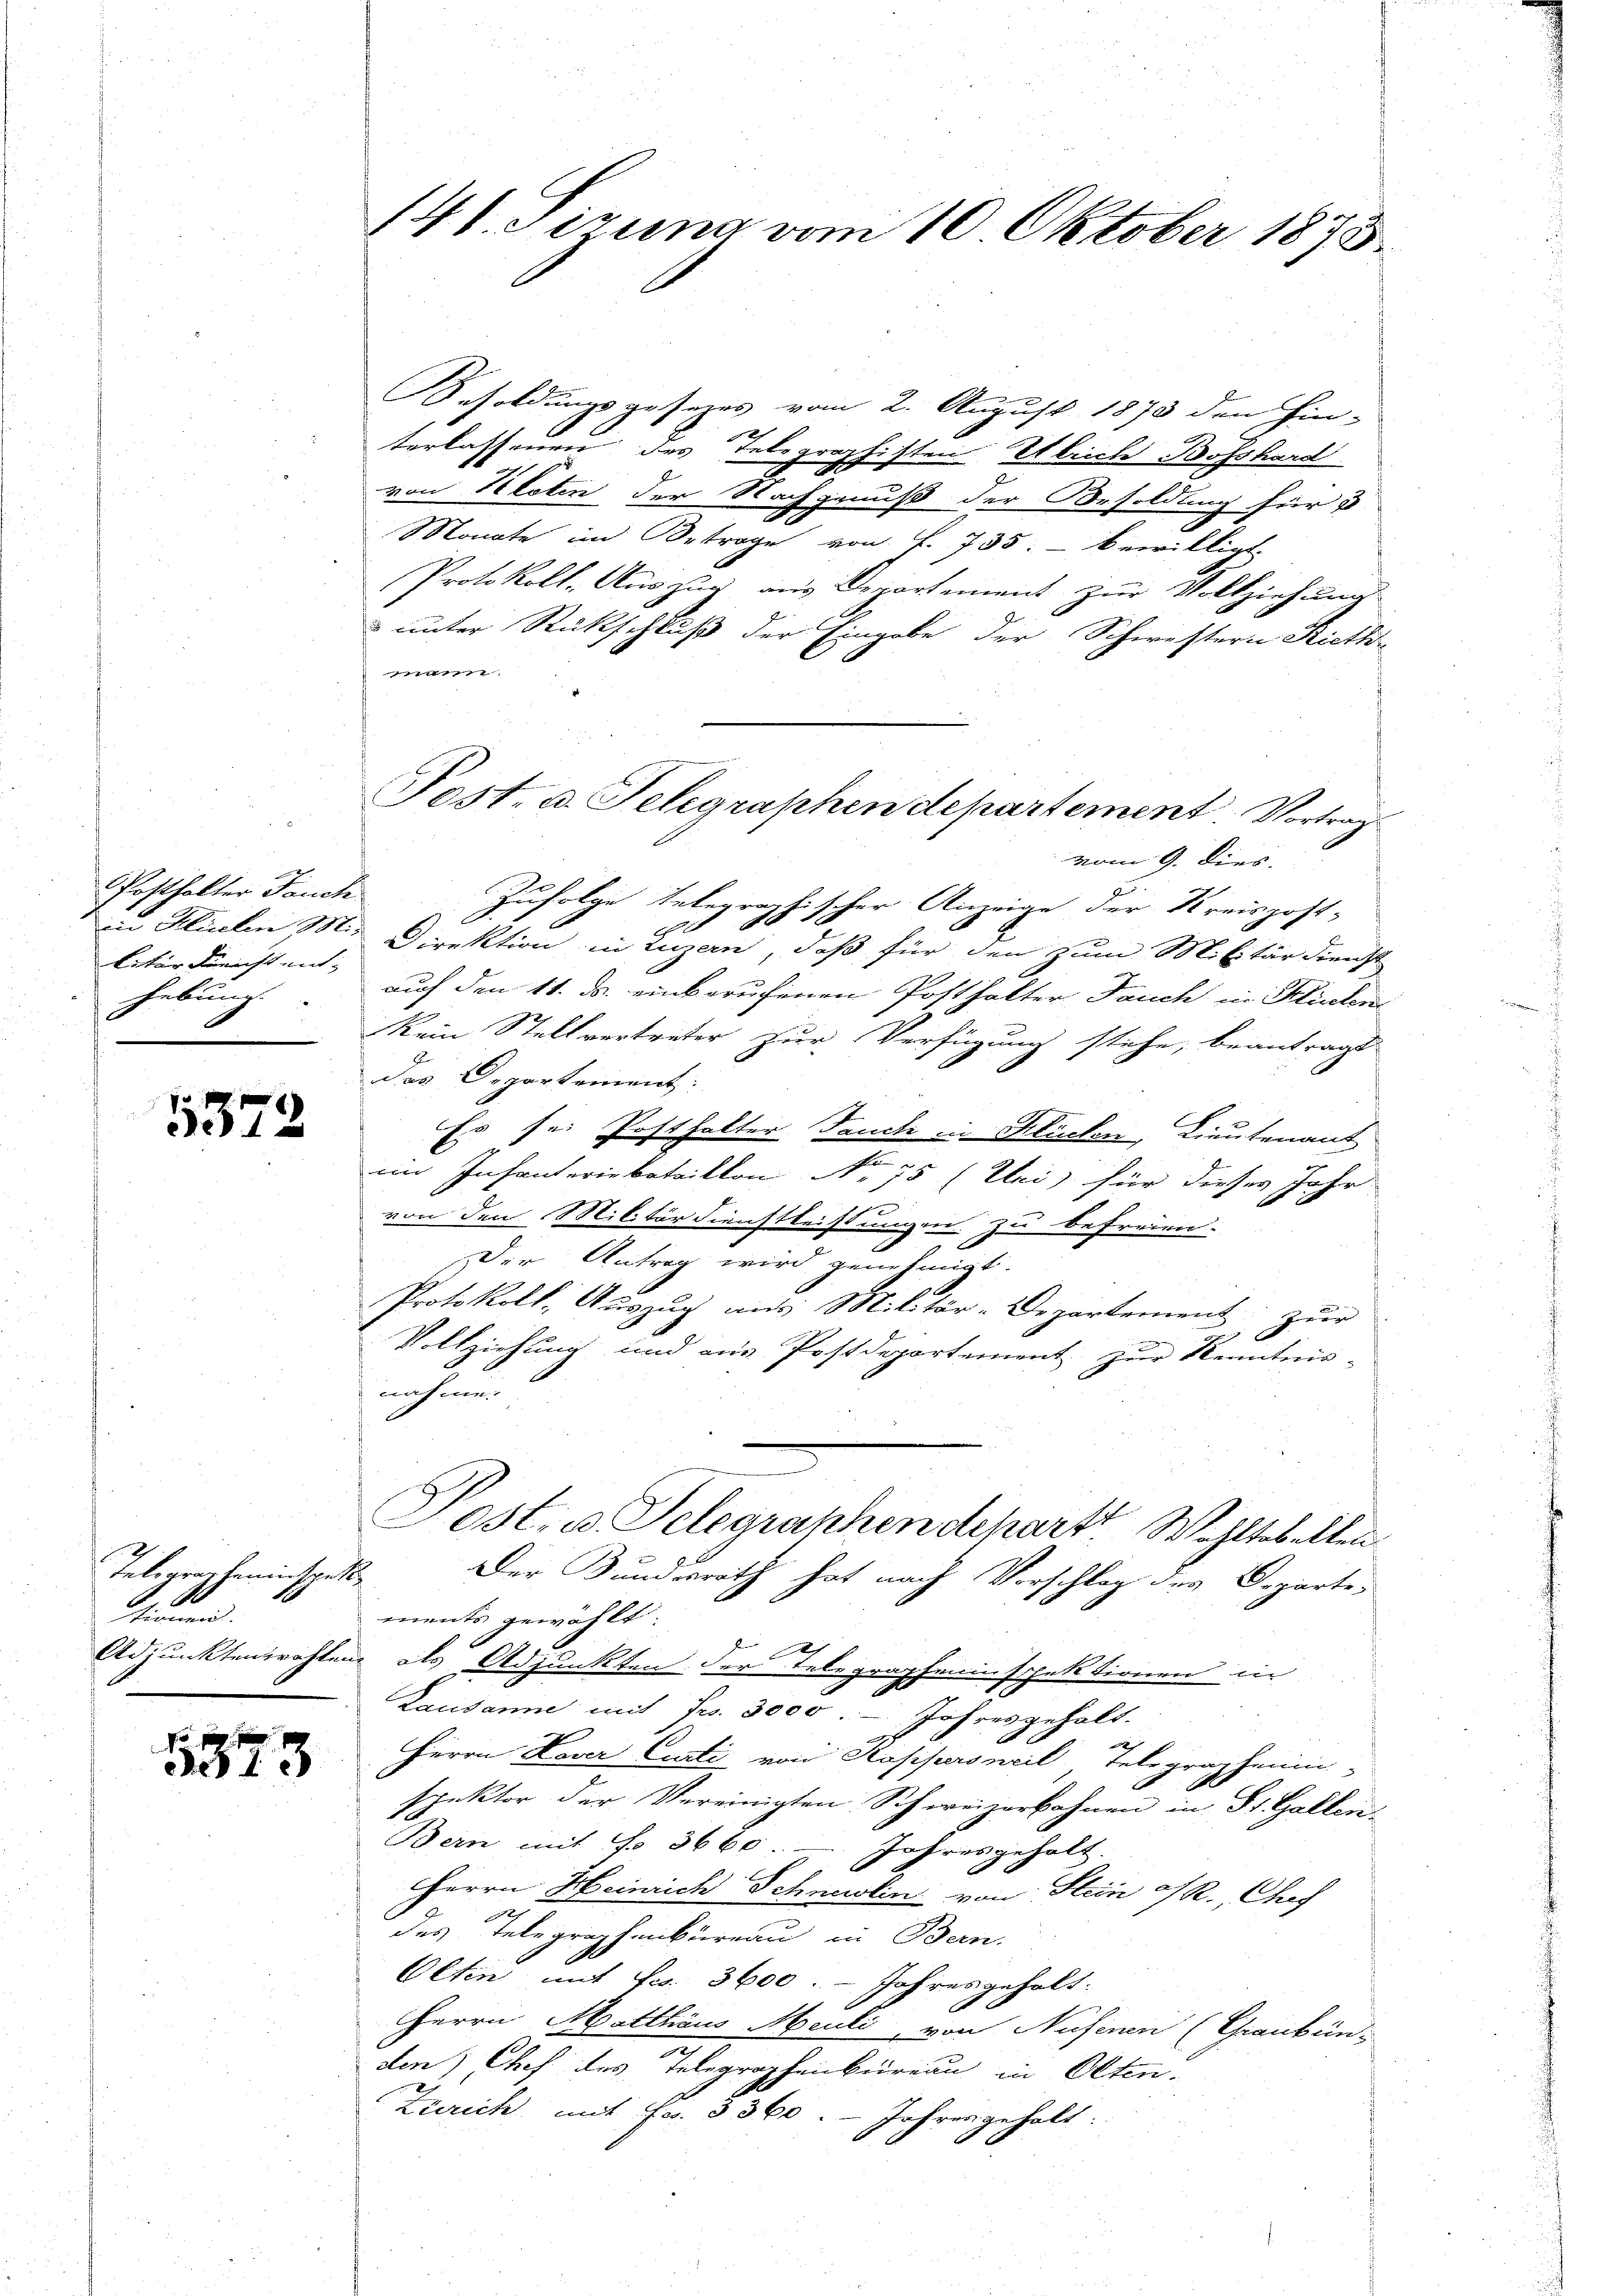
Posthalter Feuch
leter Züricht mit |
hebung

5372

Telegrapheninspekt
Sinnen.

5373

141. Sizung vom 10. Oktober 1873.

Post- u. Telegraphen departement. Vortrag

Besoldungsgesezes vom 2. August 1873 den Hin- |
1
terlassenen des Telegraphisten Obrich Bosshard
von Kloten der Nachgenuß der Besoldung für u
2
Monate im Betrage von f. 735. bewilligt.
Protokoll. Auszug aus Deportement zur Vollziehung
unter Rückschluß der Eingabe der Schwestern Rieth-
e
vom 9. Dies
Zufolge Relegraphischer Anzeige der Kreispost-
.
 Kirchen Mir Direktion in Luzern, daß für den zum Militärdienst
auf den 11. ds. einberufenen Posthalter Jauch in Klinten
Kein Stellvertreter zur Verfügung stehe, beantragt
Das Departement:
Es sei Posthalter dencke in Küchen, Lieutenant
im Infanteriebataillon No 75 (Klei, für dieses Jahr
.
von den Militärdienstleistungen zu befreien.
Der Antrag wird genehmigt.
Protokoll, Auszug aus Militär-Departement zur
Vollziehung und ain Postdepartement zur Kenntnis-
nahme.
ost. u. Telegraphendeparte Wohltobellen
Der Kundesrath hat nach Vorschlag des Departe
ments gewählt.
Adjunktenrechten als Adjunkten der Telegrapheinschektionen in
Lausanne mit Fr. 3000. - Jahresgehalt.
Herrn Nover Curti von Kappersweil Telegrapheim-
spektor der Vereinigten Schweizerbahnen in St. Gallen¬
Bern mit No 3660. - Jahresgeholt.
Herrn Heinrich Schneidlin von Stein PR., Chef
des Telegraphenbüreau in Bern.
Oltin mit Fr. 3600. - Jahres geholt.
Herrn Matthäus Meuli, von Nesenen (Grauben.
den) Chef des Telegraphenbüreau in Olten.
Zürich, mit Fr. 3360. Jahresgehalt